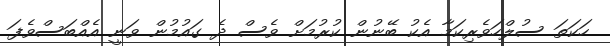
ހަކަތަ ސުލްހަވެރިކަމާ އެކު ބޭނުން ކުރުމަށް ވެސް ދެ ގައުމުން ވަނީ އެއްބަސްވެފަ